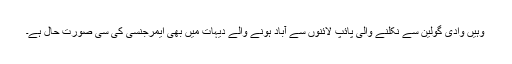
وہیں وادی گولین سے نکلنے والی پائپ لائنوں سے آباد ہونے والے دیہات میں بھی ایمرجنسی کی سی صورت حال ہے۔